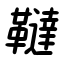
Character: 韃